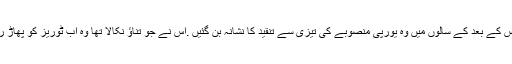
لیکن اس کے بعد کے سالوں میں وہ یورپی منصوبے کی تیزی سے تنقید کا نشانہ بن گئیں .اس نے جو تناؤ نکالا تھا وہ اب ٹوریز کو پھاڑ رہا ہے۔